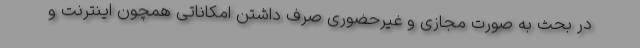
در بحث به صورت مجازی و غیرحضوری صرف داشتن امکاناتی همچون اینترنت و